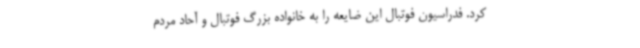
کرد. فدراسیون فوتبال این ضایعه را به خانواده بزرگ فوتبال و آحاد مردم